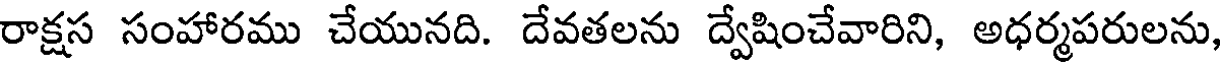
రాక్షస సంహారము చేయునది. దేవతలను ద్వేషించేవారిని, అధర్మపరులను,